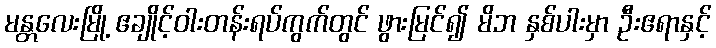
မန္တလေးမြို့ ဧချိုင့်ဝါးတန်းရပ်ကွက်တွင် ဖွားမြင်၍ မိဘ နှစ်ပါးမှာ ဦးဧရာနှင့်